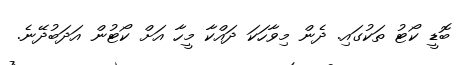
ބޮޑީ ކޯޓު ތަކުގައި. ދެން މިވާހަކަ ދައްކާ މީހާ އަށް ކޯޓުން އަދަބުދޭނެ.